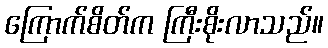
ကြောက်စိတ်က ကြီးစိုးလာသည်။